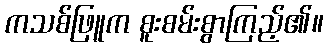
ကသစ်ဖြူက စူးစမ်းစွာကြည့်၏။